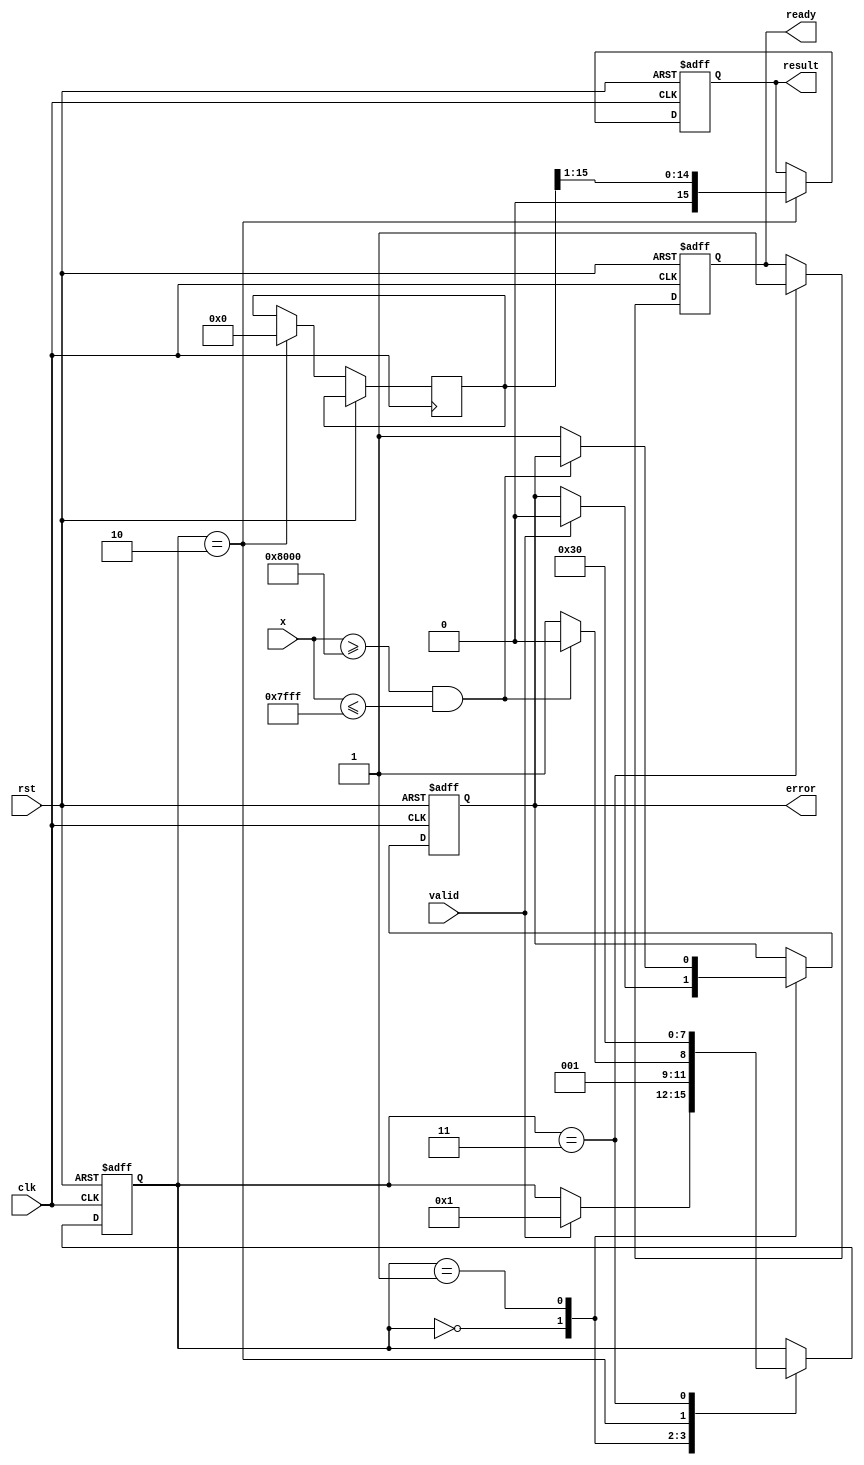
module atanh (
    input wire clk,
    input wire rst,
    input wire [15:0] x, // Fixed-point input (16-bit)
    input wire valid,     // Input valid signal
    output reg [15:0] result, // Fixed-point output (16-bit)
    output reg ready,     // Output ready signal
    output reg error      // Error signal for out-of-range inputs
);

    // Parameters
    parameter FIXED_POINT_FRACTIONAL_BITS = 8; // Number of fractional bits
    parameter MAX_INPUT = 16'h7FFF; // 1 in fixed-point (16-bit)
    parameter MIN_INPUT = 16'h8000; // -1 in fixed-point (16-bit)

    // Internal signals
    reg [15:0] one_plus_x;
    reg [15:0] one_minus_x;
    reg [31:0] division_result; // 32-bit to hold division result
    reg [15:0] ln_result; // Placeholder for ln result
    reg [3:0] state; // State variable for FSM

    // State encoding
    localparam IDLE = 0;
    localparam CHECK_RANGE = 1;
    localparam COMPUTE = 2;
    localparam OUTPUT = 3;

    // State machine
    always @(posedge clk or posedge rst) begin
        if (rst) begin
            state <= IDLE;
            result <= 0;
            ready <= 0;
            error <= 0;
        end else begin
            case (state)
                IDLE: begin
                    if (valid) begin
                        state <= CHECK_RANGE;
                        error <= 0;
                    end
                end

                CHECK_RANGE: begin
                    if (x >= MIN_INPUT && x <= MAX_INPUT) begin
                        one_plus_x <= x + 16'h0001; // 1 + x
                        one_minus_x <= 16'h0001 - x; // 1 - x
                        state <= COMPUTE;
                    end else begin
                        error <= 1; // Out of range
                        state <= OUTPUT;
                    end
                end

                COMPUTE: begin
                    // Compute division (1+x)/(1-x)
                    division_result <= (one_plus_x << FIXED_POINT_FRACTIONAL_BITS) / one_minus_x; // Shift for fixed-point
                    // Compute ln(division_result) - Placeholder for actual ln computation
                    ln_result <= ln(division_result); // Call to ln function (to be implemented)
                    // Scale by 0.5
                    result <= ln_result >> 1; // Right shift to divide by 2
                    state <= OUTPUT;
                end

                OUTPUT: begin
                    ready <= 1; // Indicate output is ready
                    state <= IDLE; // Go back to idle
                end
            endcase
        end
    end

    // Placeholder for natural logarithm function
    function [15:0] ln(input [31:0] value);
        // Implement a logarithm approximation or lookup table here
        // For simplicity, returning a dummy value
        ln = 16'h0000; // Replace with actual computation
    endfunction

endmodule